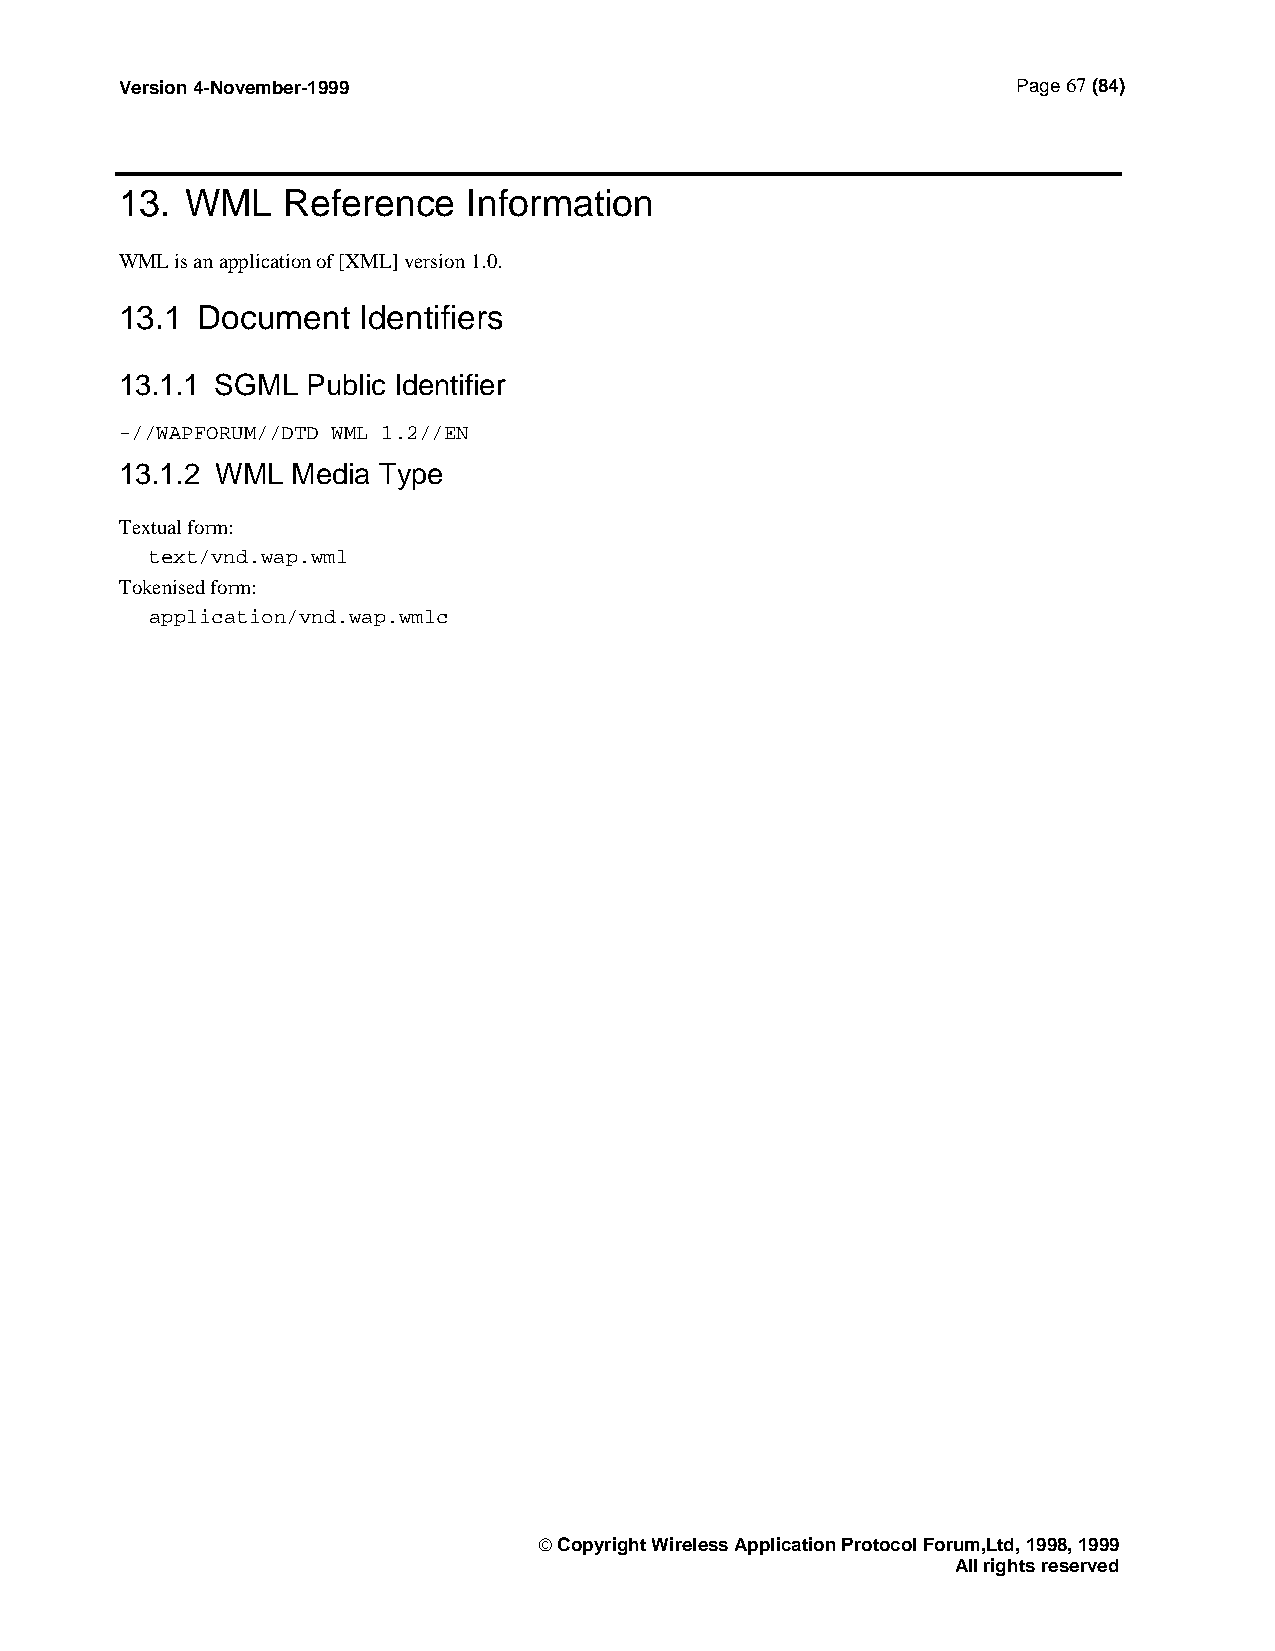
Version 4-November-1999                                    Page 67 (84)
 13. WML    Reference   Information
 WML is an application of [XML] version 1.0.
 13.1 Document   Identifiers
 13.1.1 SGML Public Identifier
 -//WAPFORUM//DTD WML 1.2//EN
 13.1.2 WML Media Type
 Textual form:
 text/vnd.wap.wml
 Tokenised form:
 application/vnd.wap.wmlc
  Copyright Wireless Application Protocol Forum,Ltd, 1998, 1999
 All rights reserved